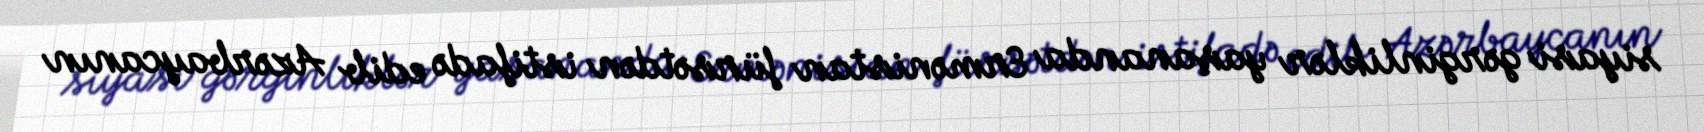
siyasi gərginliklər yaşananda Ermənistan fürsətdən istifadə edib Azərbaycanın